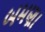
બમણા